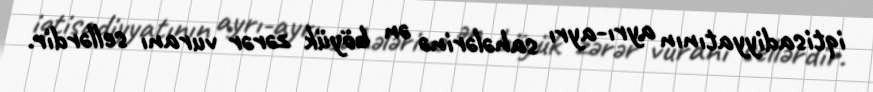
iqtisadiyyatının ayrı-ayrı sahələrinə ən böyük zərər vuranı sellərdir.